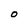
Character: O